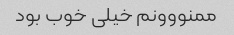
ممنووونم خیلی خوب بود